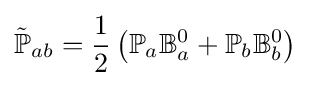
{\tilde {\mathbb {P} }}_{ab}={\frac {1}{2}}\left(\mathbb {P} _{a}\mathbb {B} _{a}^{0}+\mathbb {P} _{b}\mathbb {B} _{b}^{0}\right)